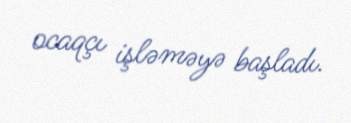
ocaqçı işləməyə başladı.